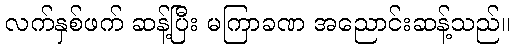
လက်နှစ်ဖက် ဆန့်ပြီး မကြာခဏ အညောင်းဆန့်သည်။